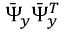
\bar { \Psi } _ { y } \bar { \Psi } _ { y } ^ { T }